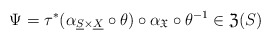
\begin{align*}\Psi=\tau^{*}(\alpha_{\underline{S}\times\underline{X}}\circ\theta)\circ\alpha_{\mathfrak{X}}\circ\theta^{-1}\in\mathfrak{Z}(S)\end{align*}